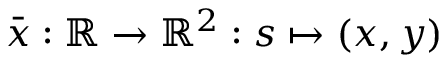
\bar { \boldsymbol { x } } : \mathbb { R } \rightarrow \mathbb { R } ^ { 2 } : s \mapsto \left( x , y \right)